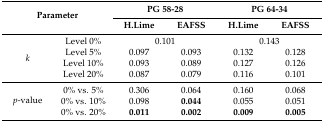
| <ROWSPAN=2-COLSPAN=2> Parameter | <COLSPAN=2> PG 58-28 | <COLSPAN=2> PG 64-34 |
 | H.Lime | EAFSS | H.Lime | EAFSS |
 | --- | --- | --- | --- | --- | --- |
 | <ROWSPAN=4> k | Level 0% | <COLSPAN=2> 0.101 | <COLSPAN=2> 0.143 |
 | Level 5% | 0.097 | 0.093 | 0.132 | 0.128 |
 | Level 10% | 0.093 | 0.089 | 0.127 | 0.126 |
 | Level 20% | 0.087 | 0.079 | 0.116 | 0.101 |
 | <ROWSPAN=3> p-value | 0% vs. 5% | 0.306 | 0.064 | 0.160 | 0.068 |
 | 0% vs. 10% | 0.098 | 0.044 | 0.055 | 0.051 |
 | 0% vs. 20% | 0.011 | 0.002 | 0.009 | 0.005 |